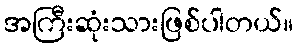
အကြီးဆုံးသားဖြစ်ပါတယ်။